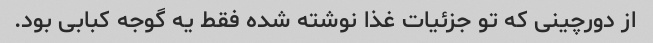
از دورچینی که تو جزئیات غذا نوشته شده فقط یه گوجه کبابی بود.